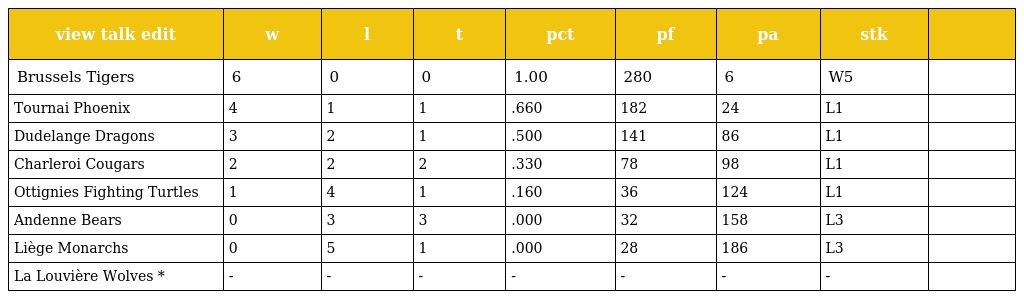
| view talk edit | w | l | t | pct | pf | pa | stk |  |
 | --- | --- | --- | --- | --- | --- | --- | --- | --- |
 | Brussels Tigers | 6 | 0 | 0 | 1.00 | 280 | 6 | W5 |  |
 | Tournai Phoenix | 4 | 1 | 1 | .660 | 182 | 24 | L1 |  |
 | Dudelange Dragons | 3 | 2 | 1 | .500 | 141 | 86 | L1 |  |
 | Charleroi Cougars | 2 | 2 | 2 | .330 | 78 | 98 | L1 |  |
 | Ottignies Fighting Turtles | 1 | 4 | 1 | .160 | 36 | 124 | L1 |  |
 | Andenne Bears | 0 | 3 | 3 | .000 | 32 | 158 | L3 |  |
 | Liège Monarchs | 0 | 5 | 1 | .000 | 28 | 186 | L3 |  |
 | La Louvière Wolves * | - | - | - | - | - | - | - |  |